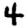
Digit: 4